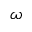
\omega